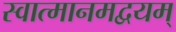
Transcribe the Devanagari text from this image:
स्वात्मानमद्वयम्